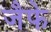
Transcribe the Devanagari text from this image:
जैफे